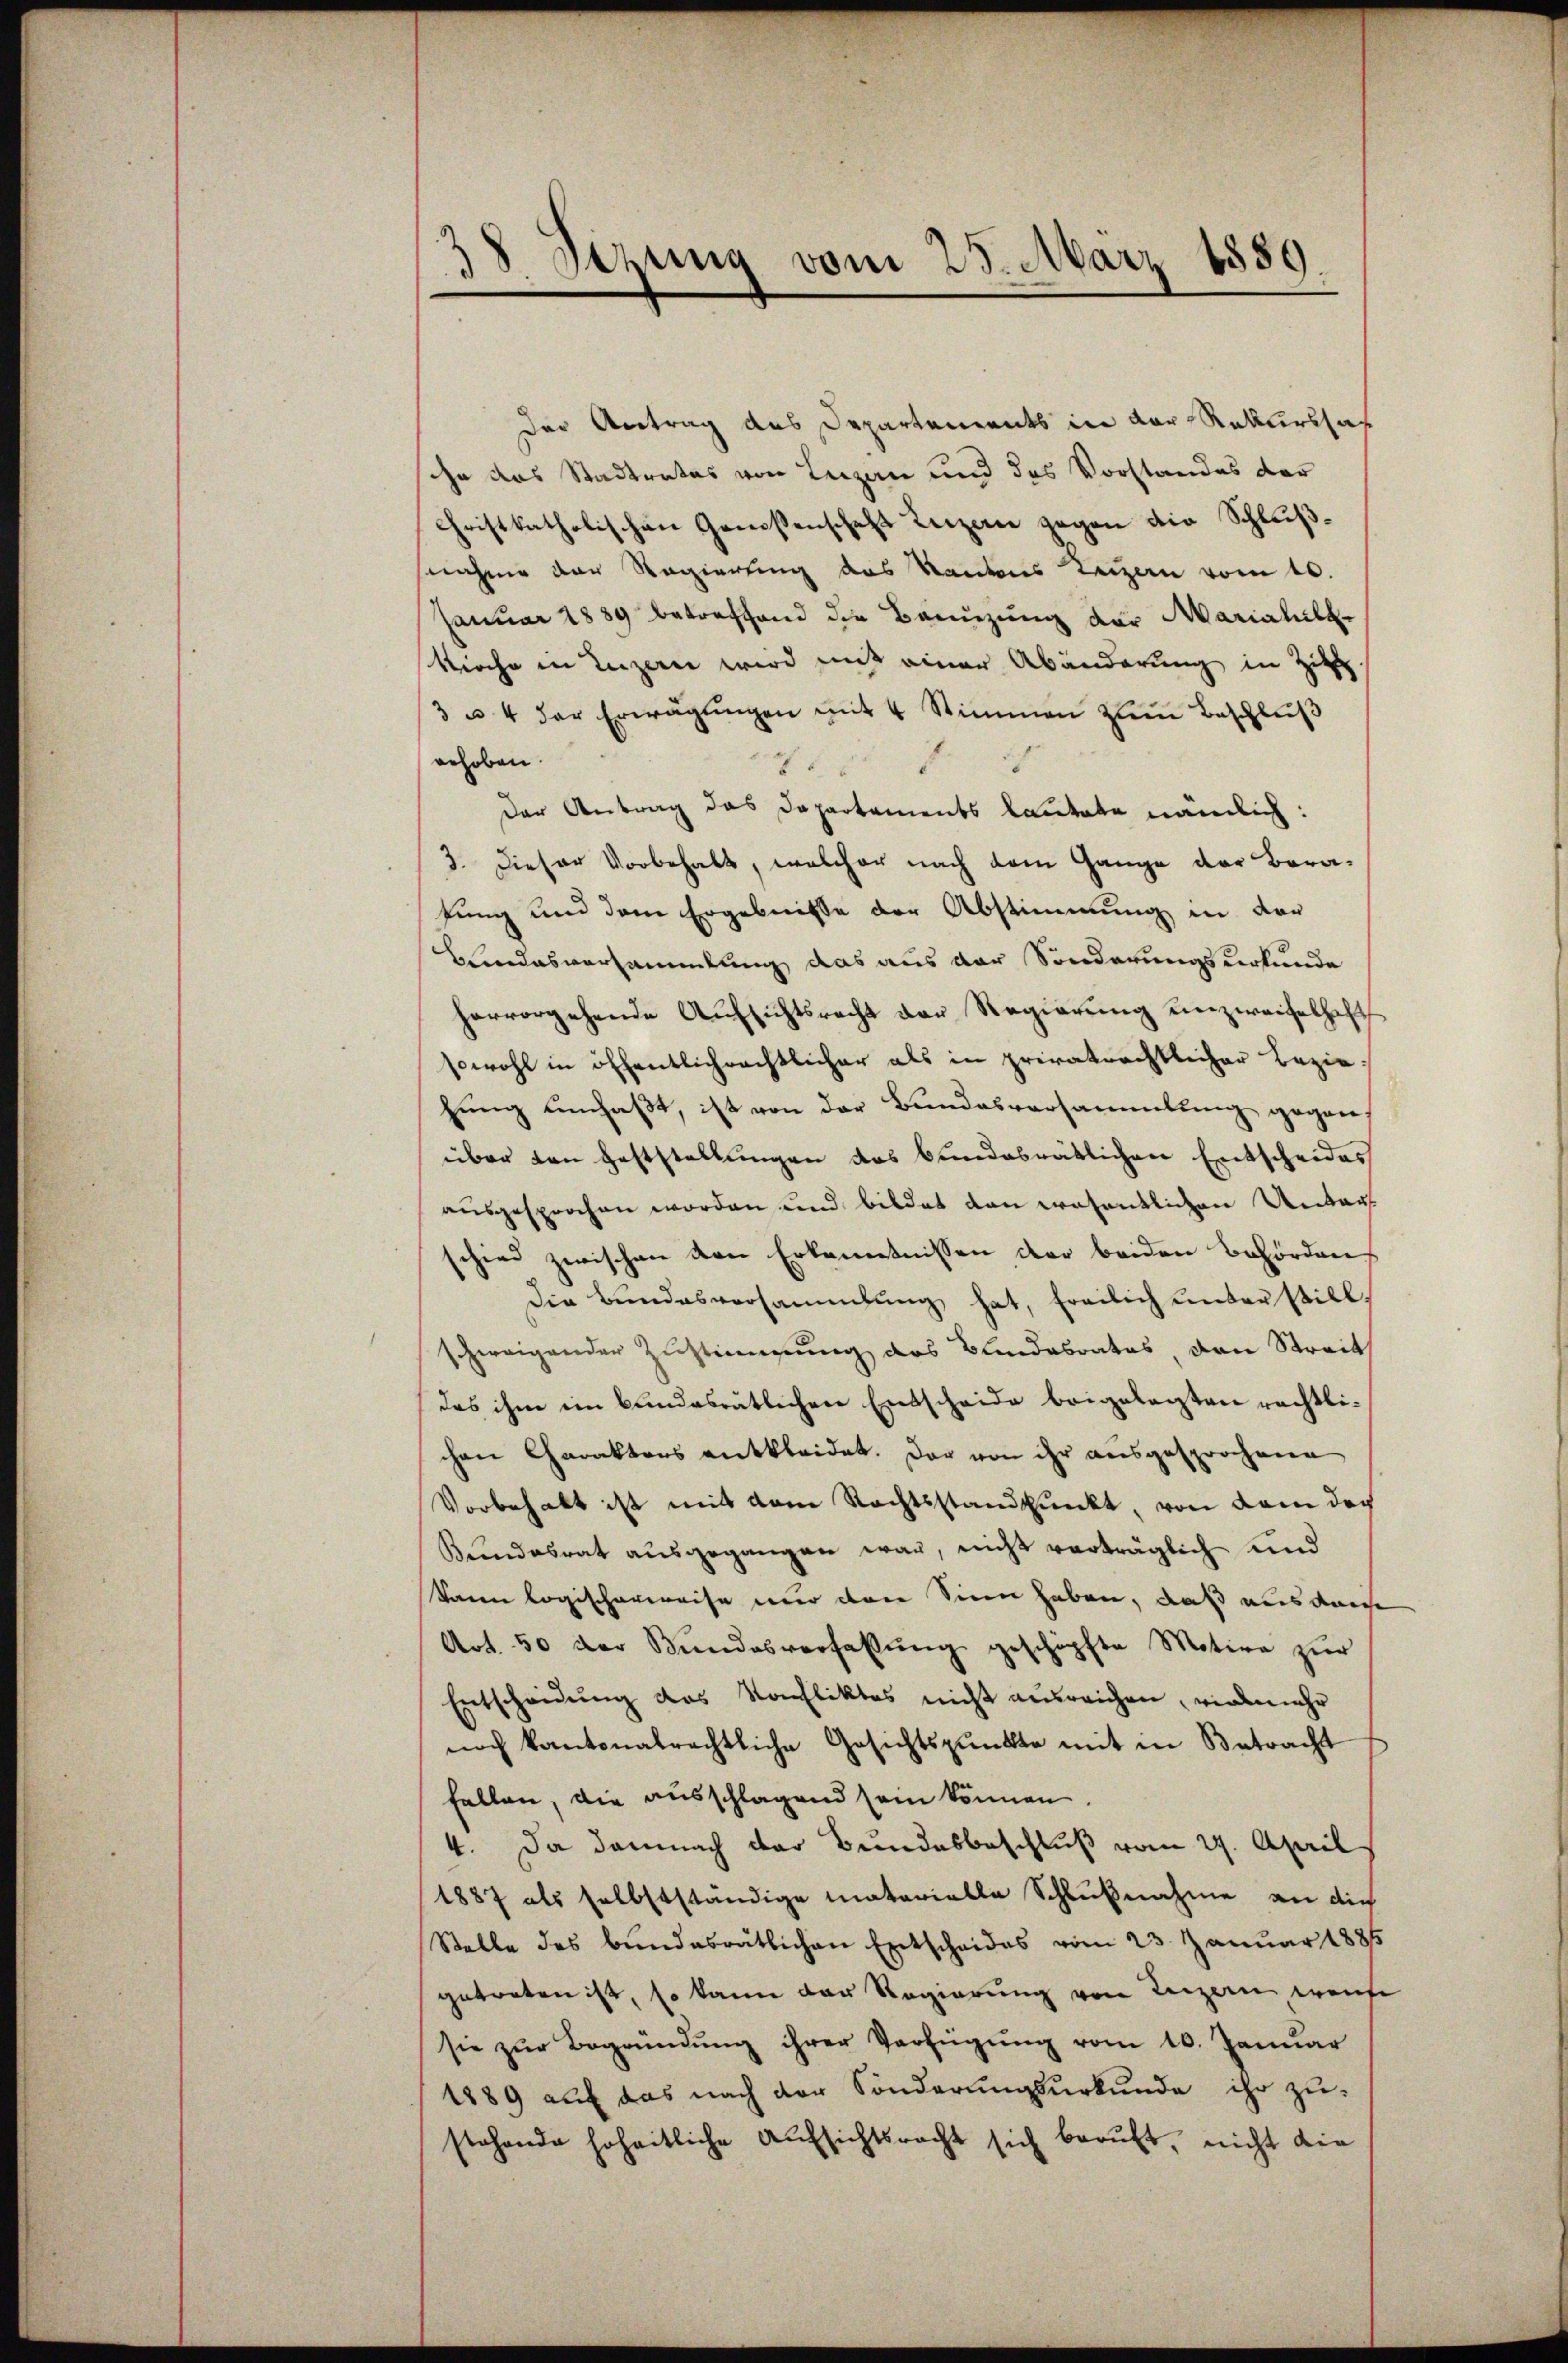
38 Sezung vom 28. März 1859.

Der Antrag des Departements in der Rekurssas
ihn das Stadtrates von Lezan und des Vorstandes der
Christkatholischen Genossenschaft Luzern gegen die Schlußnahme der Regierung das Kantons Luzern vom 10.
Januar 1889 betreffend die Bannzung der Mariahile¬
Kirche in Luzern wird mit einer Abänderung in Zich
3 u. 4 der Erwägŭngen mit 4 Stimmen zum Beschluß
1
gehoben.
d
8
Der Antrag das Departements lautete nämlich:
3. Dieser Vorbehalt, welcher nach dem Gange der Barafung und dem Ergebnisse der Abstimmung in der
LLindesversammlung das aus der Sonderungsurkunde
hervorgehende Aufsichtsrecht der Regierung unzweifelhaft
sowohl in öffentlichrechtlicher als in privatrechtlicher Beziehung umfaßt, ist von der Bundesversammlung gegen,
über den Geststellungen das bundesrätlichen Entscheides
ausgesprochen worden und bildet dan wesentlichen Unterschied zwischen von Erkenntnissen der beiden Behörden.
Die Bundesversammlung hat, freilich unter stillschweigender Zustimmung des Bundesrates, den Streit
das ihm ein bundesrätlichen Entscheide beigelegten rechtlichen Charaktors entkleidet. Der von ihr ausgesprochene
Vorbehalt ist mit dem Rechtsstandpunkt, von dem doc
Bŭndesrat ausgegangen war, nicht verträglich und
kann logischerweise nur den Sinn haben, daß aus der
Art. 50 der Bundesverfassung geschöpfte Motive zur
Entscheidŭng das Konfliktes nicht ausreichen, vielmehr
noch kantonalrechtliche Gesichtspunkte mit in Betracht
fallen, die ausschlagend sein können.
4. Da damnach der Bundesbeschluß vom 29. April
1887 als selbstständige Materialla Schlußnahme an die
Stelle des bundesrätlichen Entscheides vom 23. Januar 1886
getreten ist, so kann der Regierung von Luzern, weite
sie zŭr Begründŭng ihrer Verfügŭng vom 10. Januar
1889 auf das nach der Sönderungsurkunde ihr zustehende hoheitliche Aufsichtsrecht sich beruft, nicht die